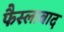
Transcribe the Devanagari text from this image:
फैस्लाबाद